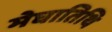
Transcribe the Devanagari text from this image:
मेघातिथि